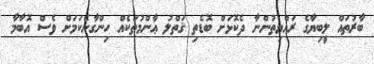
ބާރުތައް ލީބިޔާގެ ރައްޔިތުންނާ ދެކޮޅަށް ބޮޑެތި ޤަތްލު ޢާންމުތަކެއް ހިންގާނެކަމަށް ވެސް އޮބާމާ